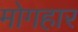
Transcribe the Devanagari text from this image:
मोगहार